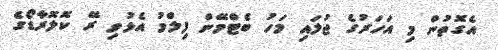
އެގޮތުން މި އަހަރުގެ ޖުލައި މަހު ބެޓްމޭން ފިލްމު އެޅުވި ރޭ ކޮލޮރާޑޯގެ